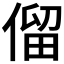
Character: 𠌃